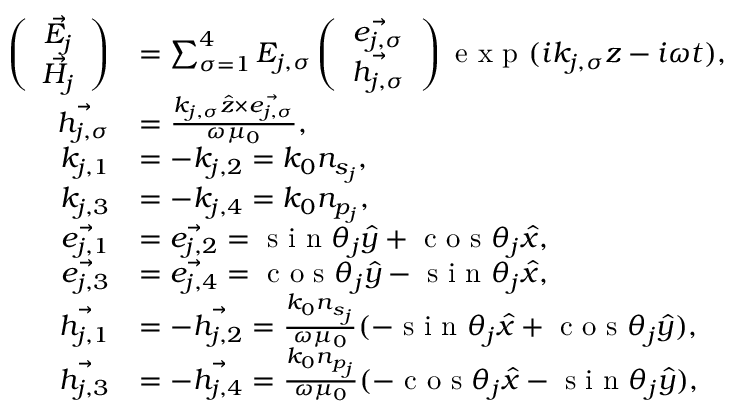
\begin{array} { r l } { \left( \begin{array} { c c } { \vec { E _ { j } } } \\ { \vec { H _ { j } } } \end{array} \right) } & { = \sum _ { \sigma = 1 } ^ { 4 } E _ { j , \sigma } \left( \begin{array} { c c } { \vec { e _ { j , \sigma } } } \\ { \vec { h _ { j , \sigma } } } \end{array} \right) \textrm { e x p } ( i k _ { j , \sigma } z - i \omega t ) , } \\ { \vec { h _ { j , \sigma } } } & { = \frac { k _ { j , \sigma } \hat { z } \times \vec { e _ { j , \sigma } } } { \omega \mu _ { 0 } } , } \\ { k _ { j , 1 } } & { = - k _ { j , 2 } = k _ { 0 } n _ { s _ { j } } , } \\ { k _ { j , 3 } } & { = - k _ { j , 4 } = k _ { 0 } n _ { p _ { j } } , } \\ { \vec { e _ { j , 1 } } } & { = \vec { e _ { j , 2 } } = \textrm { s i n } \theta _ { j } \hat { y } + \textrm { c o s } \theta _ { j } \hat { x } , } \\ { \vec { e _ { j , 3 } } } & { = \vec { e _ { j , 4 } } = \textrm { c o s } \theta _ { j } \hat { y } - \textrm { s i n } \theta _ { j } \hat { x } , } \\ { \vec { h _ { j , 1 } } } & { = - \vec { h _ { j , 2 } } = \frac { k _ { 0 } n _ { s _ { j } } } { \omega \mu _ { 0 } } ( - \textrm { s i n } \theta _ { j } \hat { x } + \textrm { c o s } \theta _ { j } \hat { y } ) , } \\ { \vec { h _ { j , 3 } } } & { = - \vec { h _ { j , 4 } } = \frac { k _ { 0 } n _ { p _ { j } } } { \omega \mu _ { 0 } } ( - \textrm { c o s } \theta _ { j } \hat { x } - \textrm { s i n } \theta _ { j } \hat { y } ) , } \end{array}